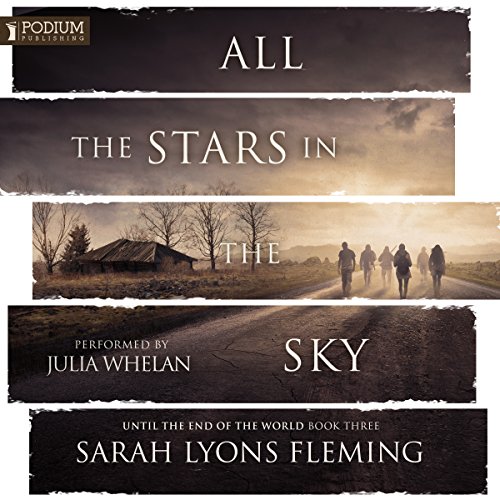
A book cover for All the Stars in the Sky: Until the End of the World, Book 3; Sarah Lyons Fleming; Romance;